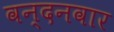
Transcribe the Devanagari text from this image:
वन्‍दनवार